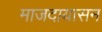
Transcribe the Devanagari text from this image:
माजदायासन